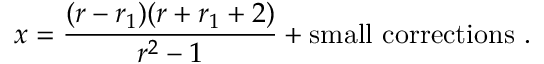
x = \frac { ( r - r _ { 1 } ) ( r + r _ { 1 } + 2 ) } { r ^ { 2 } - 1 } + \mathrm { s m a l l ~ c o r r e c t i o n s } \ .